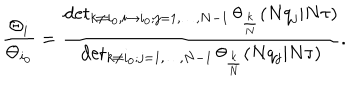
{ \frac { \Theta _ { i } } { \Theta _ { i _ { 0 } } } } = { \frac { \det _ { k \neq i _ { 0 } , i \to i _ { 0 } ; j = 1 , \dots , N - 1 } \theta _ { \frac { k } { N } } ( N q _ { j } | N \tau ) } { \det _ { k \neq i _ { 0 } ; j = 1 , \dots , N - 1 } \theta _ { \frac { k } { N } } ( N q _ { j } | N \tau ) } } .